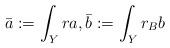
LaTeX: \begin{align*}\bar{a}:= \int_Y ra,\bar{b}:=\int_Y r_B b\end{align*}